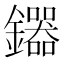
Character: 𮣦